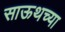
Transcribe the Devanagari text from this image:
साऊथच्या